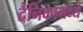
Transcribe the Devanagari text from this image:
दैनिकामध्ये